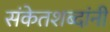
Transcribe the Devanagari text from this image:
संकेतशब्दांनी